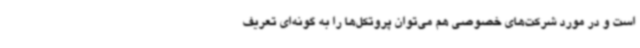
است و در مورد شرکت‌های خصوصی هم می‌توان پروتکل‌ها را به گونه‌ای تعریف